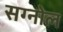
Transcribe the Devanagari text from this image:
सग्नोल